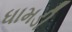
ધામડી